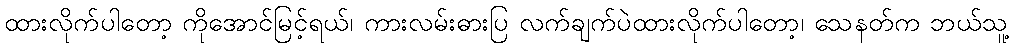
ထားလိုက်ပါတော့ ကိုအောင်မြင့်ရယ်၊ ကားလမ်းဓားပြ လက်ချက်ပဲထားလိုက်ပါတော့၊ သေနတ်က ဘယ်သူ့